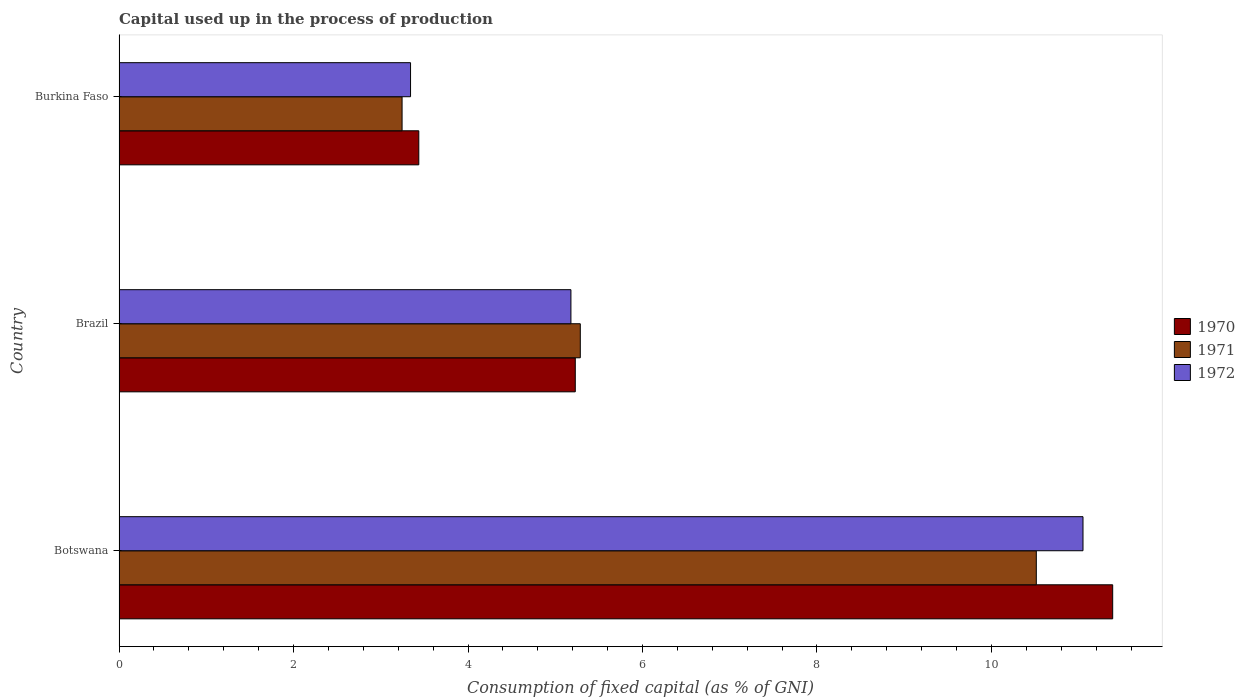
| Country | 1970 | 1971 | 1972 |
 | --- | --- | --- | --- |
 | Botswana | 11.4 | 10.5 | 11 |
 | Brazil | 5.23 | 5.29 | 5.18 |
 | Burkina Faso | 3.44 | 3.24 | 3.34 |